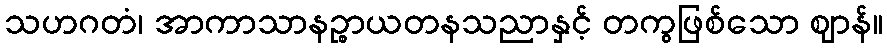
သဟဂတံ၊ အာကာသာနဉ္စာယတနသညာနှင့် တကွဖြစ်သော ဈာန်။